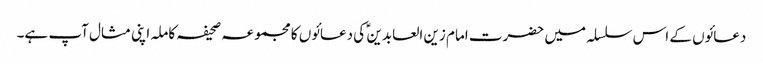
دعائوں کے اس سلسلہ میں حضرت امام زین العابدین ؑ کی دعائوں کا مجموعہ صحیفہ کاملہ اپنی مثال آپ ہے۔